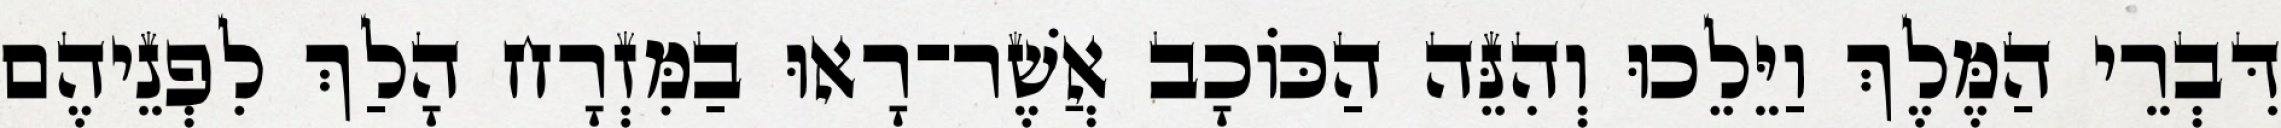
דִּבְרֵי הַמֶּלֶךְ וַיֵּלֵכוּ וְהִנֵּה הַכּוֹכָב אֲשֶׁר־רָאוּ בַמִּזְרָח הָלַךְ לִפְנֵיהֶם